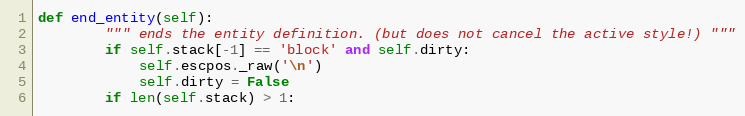
Language: Python
def end_entity(self):
        """ ends the entity definition. (but does not cancel the active style!) """
        if self.stack[-1] == 'block' and self.dirty:
            self.escpos._raw('\n')
            self.dirty = False
        if len(self.stack) > 1: